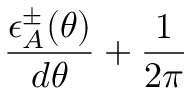
\frac { \epsilon _ { A } ^ { \pm } ( \theta ) } { d \theta } + \frac { 1 } { 2 \pi }